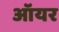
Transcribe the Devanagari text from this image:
ऑयर